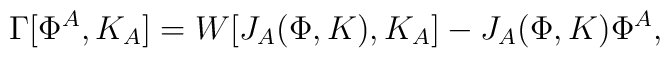
\Gamma[\Phi^A,K_A]=W[J_A(\Phi,K),K_A]-J_A(\Phi,K)\Phi^A,